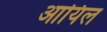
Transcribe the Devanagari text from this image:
आयिल